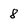
Character: 8